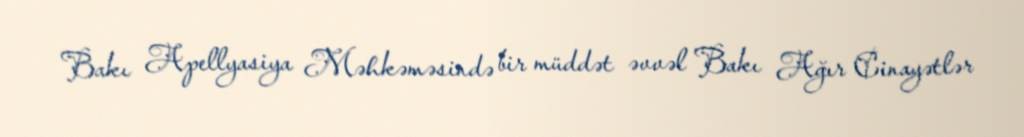
Bakı Apellyasiya Məhkəməsində bir müddət əvvəl Bakı Ağır Cinayətlər